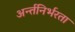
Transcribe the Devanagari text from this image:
अर्न्तनिर्भरता